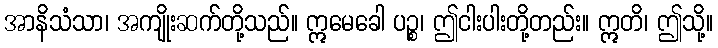
အာနိသံသာ၊ အကျိုးဆက်တို့သည်။ ဣမေခေါ ပဉ္စ၊ ဤငါးပါးတို့တည်း။ ဣတိ၊ ဤသို့။